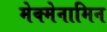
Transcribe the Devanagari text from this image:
मेक्मेनामिन